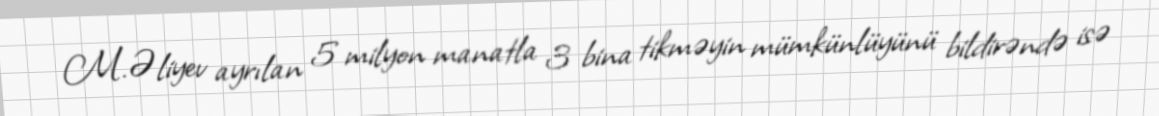
M.Əliyev ayrılan 5 milyon manatla 3 bina tikməyin mümkünlüyünü bildirəndə isə